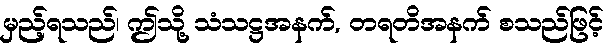
မှည့်ရသည်၊ ဤသို့ သံသဋ္ဌအနက်, တရတိအနက် စသည်ဖြင့်